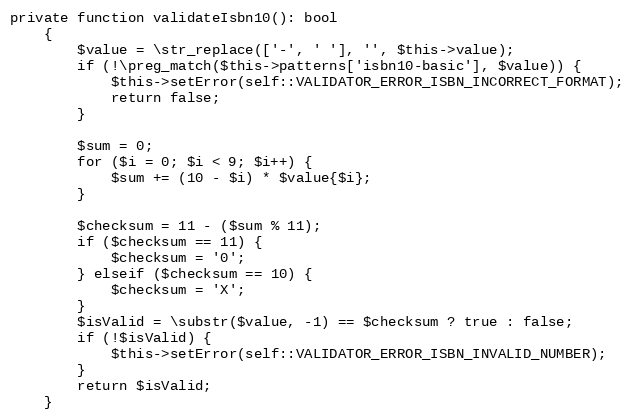
Language: PHP
private function validateIsbn10(): bool
    {
        $value = \str_replace(['-', ' '], '', $this->value);
        if (!\preg_match($this->patterns['isbn10-basic'], $value)) {
            $this->setError(self::VALIDATOR_ERROR_ISBN_INCORRECT_FORMAT);
            return false;
        }

        $sum = 0;
        for ($i = 0; $i < 9; $i++) {
            $sum += (10 - $i) * $value{$i};
        }

        $checksum = 11 - ($sum % 11);
        if ($checksum == 11) {
            $checksum = '0';
        } elseif ($checksum == 10) {
            $checksum = 'X';
        }
        $isValid = \substr($value, -1) == $checksum ? true : false;
        if (!$isValid) {
            $this->setError(self::VALIDATOR_ERROR_ISBN_INVALID_NUMBER);
        }
        return $isValid;
    }